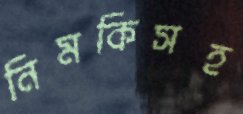
নিমকিসহ